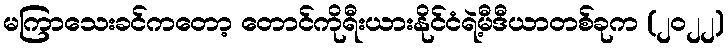
မကြာသေးခင်ကတော့ တောင်ကိုရီးယားနိုင်ငံရဲ့မီဒီယာတစ်ခုက (၂၀၂၂)